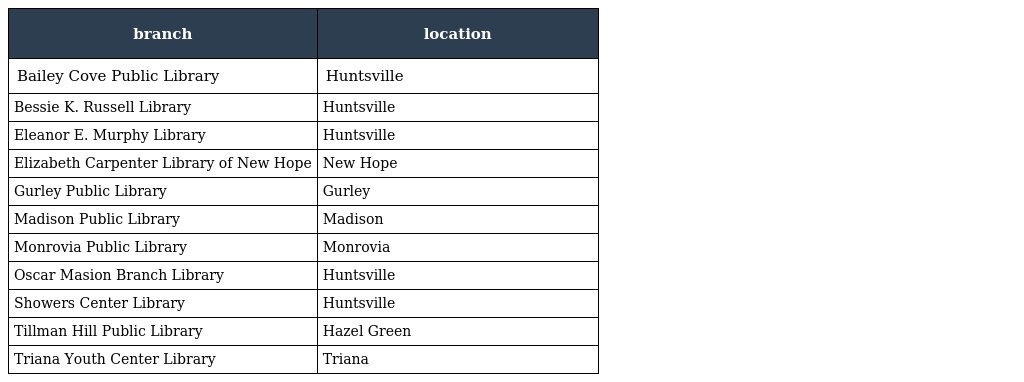
| branch | location |
 | --- | --- |
 | Bailey Cove Public Library | Huntsville |
 | Bessie K. Russell Library | Huntsville |
 | Eleanor E. Murphy Library | Huntsville |
 | Elizabeth Carpenter Library of New Hope | New Hope |
 | Gurley Public Library | Gurley |
 | Madison Public Library | Madison |
 | Monrovia Public Library | Monrovia |
 | Oscar Masion Branch Library | Huntsville |
 | Showers Center Library | Huntsville |
 | Tillman Hill Public Library | Hazel Green |
 | Triana Youth Center Library | Triana |